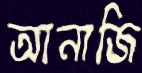
আনাজি